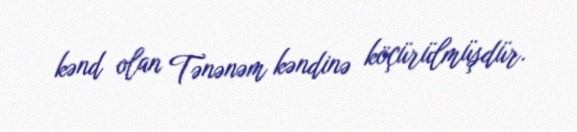
kənd olan Tənənəm kəndinə köçürülmüşdür.